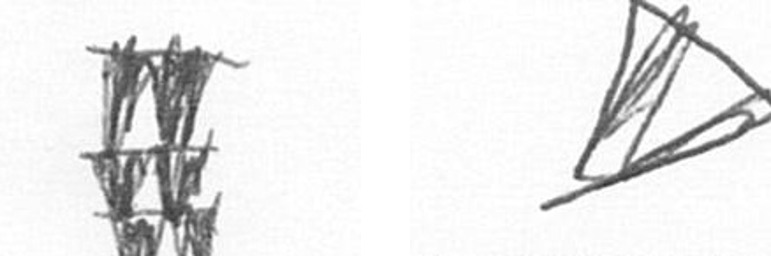
Y O